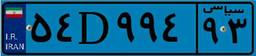
۵۴D۹۹۴۹۳